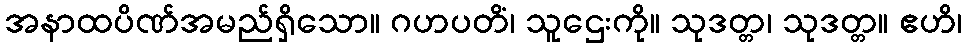
အနာထပိဏ်အမည်ရှိသော။ ဂဟပတိံ၊ သူဌေးကို။ သုဒတ္တ၊ သုဒတ္တ။ ဧဟိ၊